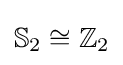
\mathbb {S} _{2}\cong \mathbb {Z} _{2}